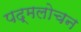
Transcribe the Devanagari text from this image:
पद्मलोचन